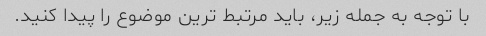
با توجه به جمله زیر، باید مرتبط ترین موضوع را پیدا کنید.